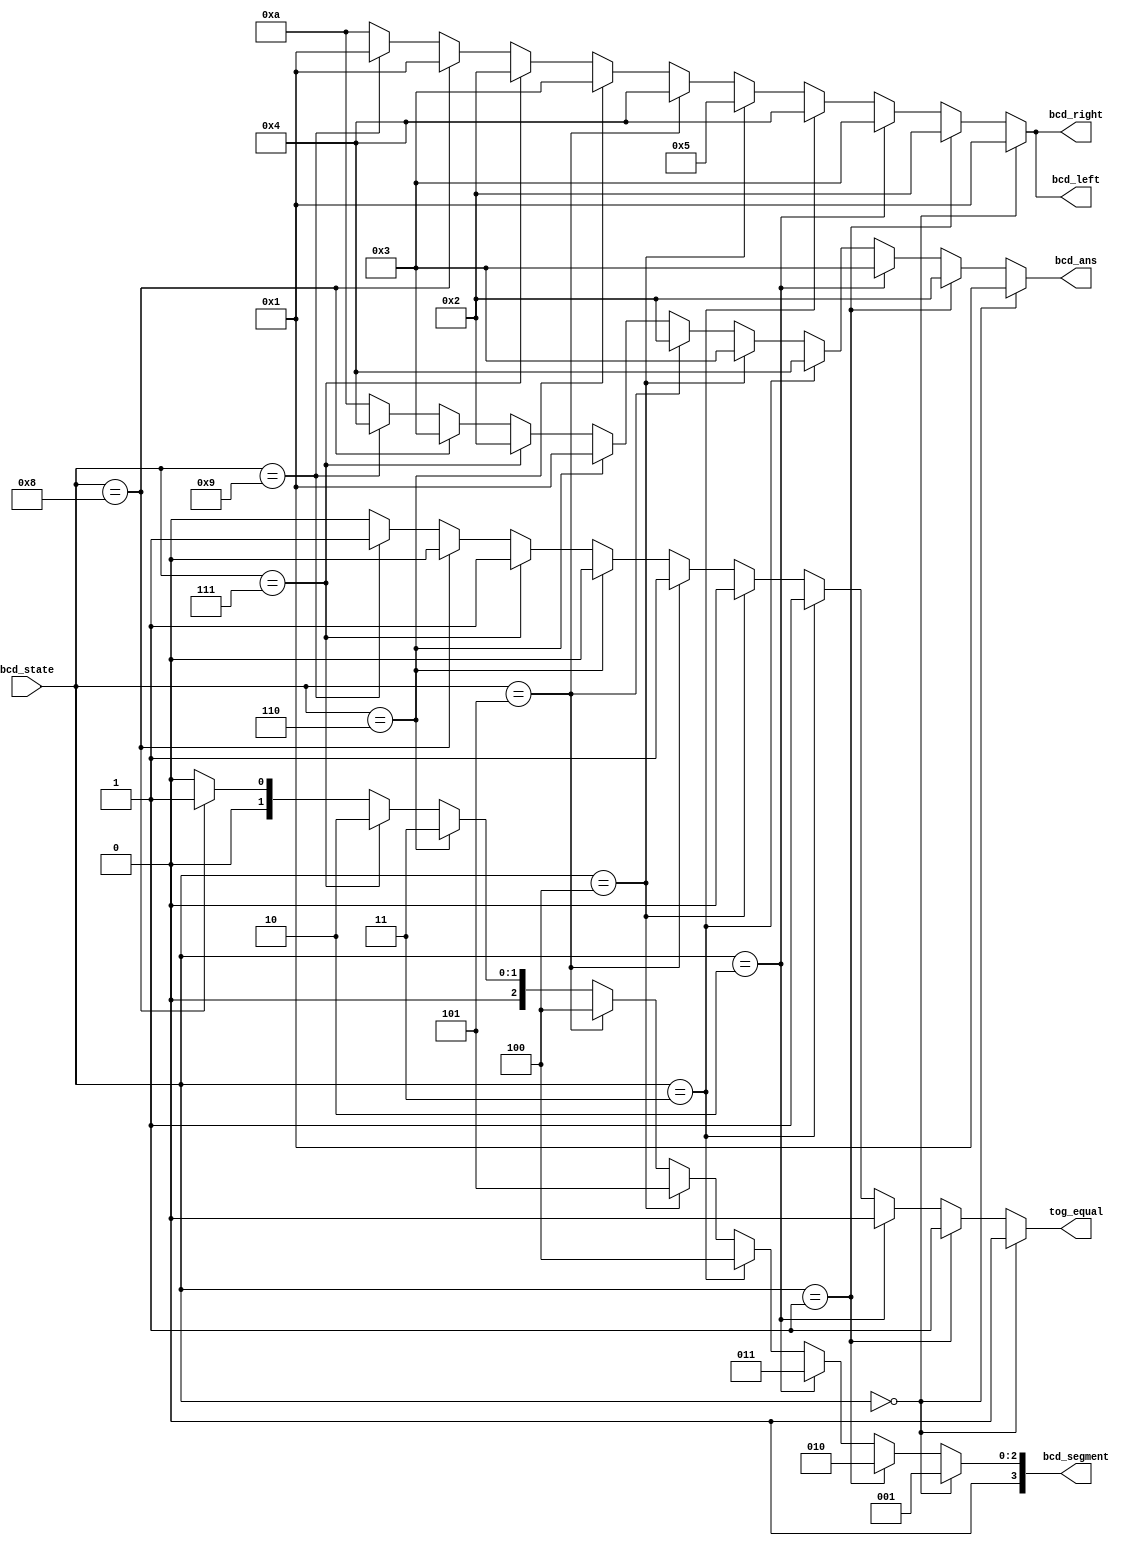
module question_inti (bcd_left, bcd_right, tog_equal, bcd_segment, bcd_ans, bcd_state);
  output [3:0]bcd_left, bcd_right;
  output [3:0]bcd_segment, bcd_ans;
  output tog_equal;
  input [3:0]bcd_state;

  reg [3:0]bcd_left, bcd_right;
  reg [3:0]bcd_segment, bcd_ans;
  reg tog_equal;


  always @ (bcd_state) begin
    if (bcd_state == 0) begin
      bcd_left = 1;
      bcd_right = 1;
      tog_equal = 0;
      bcd_segment = 1;
      bcd_ans = 1;
    end
    else if (bcd_state == 1) begin
      bcd_left = 2;
      bcd_right = 2;
      tog_equal = 1;
      bcd_segment = 2;
      bcd_ans = 2;
    end
    else if (bcd_state == 2) begin
      bcd_left = 3;
      bcd_right = 3;
      tog_equal = 0;
      bcd_segment = 3;
      bcd_ans = 3;
    end
    else if (bcd_state == 3) begin
      bcd_left = 4;
      bcd_right = 4;
      tog_equal = 1;
      bcd_segment = 4;
      bcd_ans = 4;
    end
    else if (bcd_state == 4) begin
      bcd_left = 5;
      bcd_right = 5;
      tog_equal = 0;
      bcd_segment = 5;
      bcd_ans = 3;
    end
    else if (bcd_state == 5) begin
      bcd_left = 4;
      bcd_right = 4;
      tog_equal = 1;
      bcd_segment = 4;
      bcd_ans = 2;
    end
    else if (bcd_state == 6) begin
      bcd_left = 3;
      bcd_right = 3;
      tog_equal = 0;
      bcd_segment = 3;
      bcd_ans = 1;
    end
    else if (bcd_state == 7) begin
      bcd_left = 2;
      bcd_right = 2;
      tog_equal = 1;
      bcd_segment = 2;
      bcd_ans = 2;
    end
    else if (bcd_state == 8) begin
      bcd_left = 1;
      bcd_right = 1;
      tog_equal = 0;
      bcd_segment = 1;
      bcd_ans = 3;
    end
    else if (bcd_state == 9) begin
      bcd_left = 1;
      bcd_right = 1;
      tog_equal = 1;
      bcd_segment = 0;
      bcd_ans = 4;
    end
    else begin
      bcd_left = 10;
      bcd_right = 10;
      tog_equal = 10;
      bcd_segment = 0;
      bcd_ans = 10;
    end
  end
endmodule // question_inti

module question_show (led_left, led_right, led_equal, bcd_segment, in_left, in_right, in_equal, in_segment);
/*
  low-level module to show 5 digits led-problem and equal and segment
  @input [bcd]data and [active hight]in_equal
  @output [active hight]all led
  @delay xxx ns
  @
*/
  output [4:0]led_left, led_right;
  output [3:0]bcd_segment;
  output led_equal;
  input [3:0]in_left, in_right, in_segment;
  input in_equal;

  reg [4:0]led_left, led_right;
  reg [3:0]bcd_segment;
  reg led_equal;

  always @ (1)
  begin
    case (in_left)
      0: led_left = 5'b00000;
      1: led_left = 5'b00001;
      2: led_left = 5'b00011;
      3: led_left = 5'b00111;
      4: led_left = 5'b01111;
      5: led_left = 5'b11111;
      10: led_left = 5'b10101; //State test
      default: led_left = 5'b01010;
    endcase
    case (in_right)
      0: led_right = 5'b00000;
      1: led_right = 5'b00001;
      2: led_right = 5'b00011;
      3: led_right = 5'b00111;
      4: led_right = 5'b01111;
      5: led_right = 5'b11111;
      10: led_right = 5'b10101; //State test
      default: led_right = 5'b01010;
    endcase
  end

  always @ (1) begin
    bcd_segment = in_segment;
    led_equal = in_equal;
  end

endmodule // question_show

module score_bcd_translate (led_player, bcd_player_score);
/*
  low-level module to show 5 digits led-score
  @output [5bit][active hight] led array
  @input trigger
  @design this function for Right-hand player if you want
    to use LH player you should invert-side of LED ex
    12345 -> 54321 it's eazy ways
  @delay 7.2ns [091259 0011]
*/
  input [3:0]bcd_player_score;
  output [4:0]led_player;
  reg [4:0]led_player;


  //Working always
  always @ (1) begin
    case (bcd_player_score)
      0: led_player = 5'b00000;
      1: led_player = 5'b00001;
      2: led_player = 5'b00011;
      3: led_player = 5'b00111;
      4: led_player = 5'b01111;
      5: led_player = 5'b11111;
      default: led_player = 5'b00000;
    endcase
  end
endmodule

module click_count_up(bcd, trigger);
  output [3:0]bcd;
  input trigger;
  reg [3:0]bcd;


  always @ ( posedge trigger ) begin
    case (bcd)
      0: bcd = 1;
      1: bcd = 2;
      2: bcd = 3;
      3: bcd = 4;
      4: bcd = 5;
      5: bcd = 6;
      6: bcd = 7;
      7: bcd = 8;
      8: bcd = 9;
      9: bcd = 0;
      default: bcd = 0;
    endcase
  end
endmodule

module set_player_score(toggle_beep, led_score_p1, led_score_p2, tog_score_p1, tog_score_p2);
  output [4:0]led_score_p1, led_score_p2;
  output toggle_beep;
  input tog_score_p1, tog_score_p2;
  reg toggle_beep;
  wire [3:0]score_p1, score_p2;

  click_count_up cku_p1(score_p1, tog_score_p1);
  click_count_up cku_p2(score_p2, tog_score_p2);

  score_bcd_translate sbcdt1(led_score_p1, score_p1);
  score_bcd_translate sbcdt2(led_score_p2, score_p2);

  always @(1) begin
    if (score_p1 >= 5 || score_p2 >= 5) begin
      toggle_beep = 1;
    end
    else begin
      toggle_beep = 0;
    end
  end

endmodule